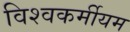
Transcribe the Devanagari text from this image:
विश्वकर्मीयम